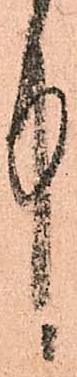
中